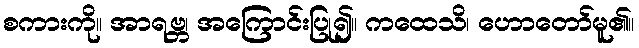
စကားကို။ အာရဗ္ဘ၊ အကြောင်းပြု၍။ ကထေသိ၊ ဟောတော်မူ၏။